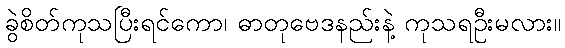
ခွဲစိတ်ကုသပြီးရင်ကော၊ ဓာတုဗေဒနည်းနဲ့ ကုသရဦးမလား။